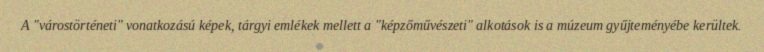
A "várostörténeti" vonatkozású képek, tárgyi emlékek mellett a "képzőművészeti" alkotások is a múzeum gyűjteményébe kerültek.